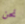
نحن